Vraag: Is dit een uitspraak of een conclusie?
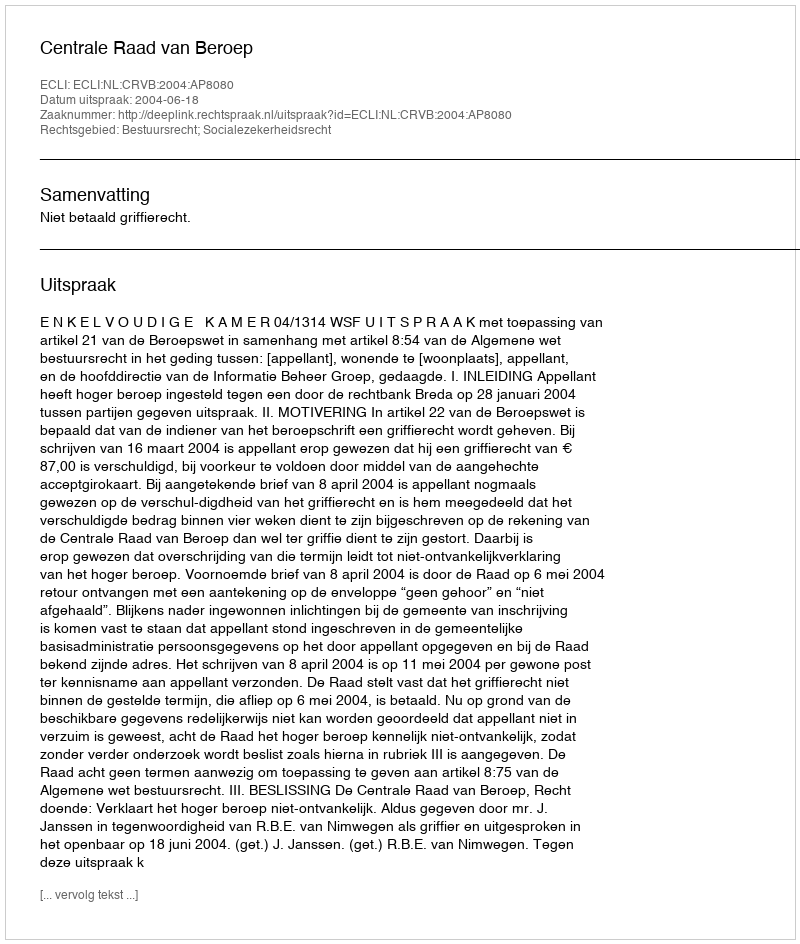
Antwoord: Uitspraak